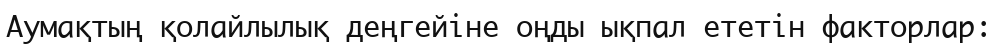
Аумақтың қолайлылық деңгейіне оңды ықпал ететін факторлар: